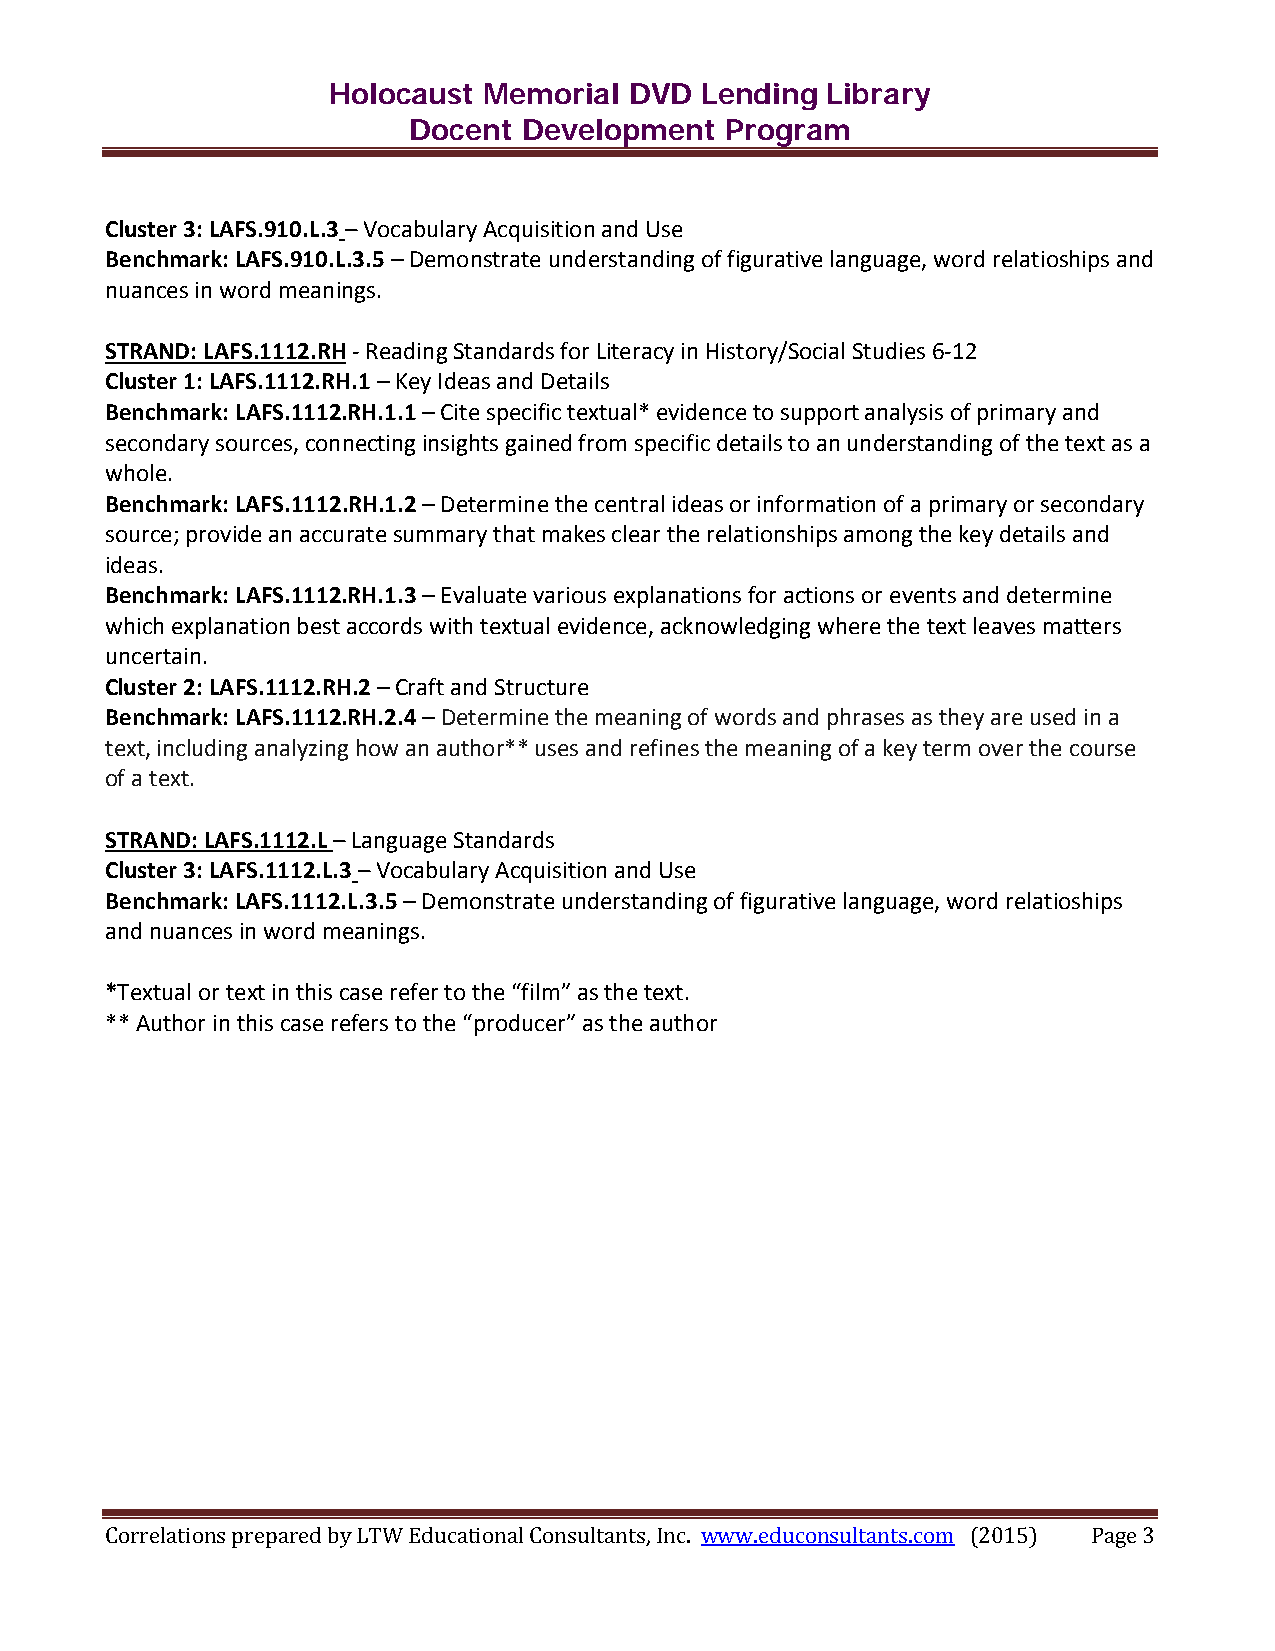
Holocaust Memorial  DVD Lending  Library
 Docent  Development  Program
 Cluster 3: LAFS.910.L.3 – Vocabulary Acquisition and Use
 Benchmark: LAFS.910.L.3.5 – Demonstrate understanding of figurative language, word relatioships and
 nuances in word meanings.
 STRAND: LAFS.1112.RH - Reading Standards for Literacy in History/Social Studies 6-12
 Cluster 1: LAFS.1112.RH.1 – Key Ideas and Details
 Benchmark: LAFS.1112.RH.1.1 – Cite specific textual* evidence to support analysis of primary and
 secondary sources, connecting insights gained from specific details to an understanding of the text as a
 whole.
 Benchmark: LAFS.1112.RH.1.2 – Determine the central ideas or information of a primary or secondary
 source; provide an accurate summary that makes clear the relationships among the key details and
 ideas.
 Benchmark: LAFS.1112.RH.1.3 – Evaluate various explanations for actions or events and determine
 which explanation best accords with textual evidence, acknowledging where the text leaves matters
 uncertain.
 Cluster 2: LAFS.1112.RH.2 – Craft and Structure
 Benchmark: LAFS.1112.RH.2.4 – Determine the meaning of words and phrases as they are used in a
 text, including analyzing how an author** uses and refines the meaning of a key term over the course
 of a text.
 STRAND: LAFS.1112.L – Language Standards
 Cluster 3: LAFS.1112.L.3 – Vocabulary Acquisition and Use
 Benchmark: LAFS.1112.L.3.5 – Demonstrate understanding of figurative language, word relatioships
 and nuances in word meanings.
 *Textual or text in this case refer to the “film” as the text.
 ** Author in this case refers to the “producer” as the author
 Correlations prepared by LTW Educational Consultants, Inc. www.educonsultants.com (2015) Page 3